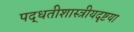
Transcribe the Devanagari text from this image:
पद्धतीशास्त्रीयदृष्टया